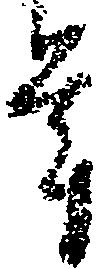
年